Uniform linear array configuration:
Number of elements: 64
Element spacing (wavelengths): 0.75
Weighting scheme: binomial
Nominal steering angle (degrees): -60
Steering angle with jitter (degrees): -60.562
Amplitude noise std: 0.05
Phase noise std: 0.05

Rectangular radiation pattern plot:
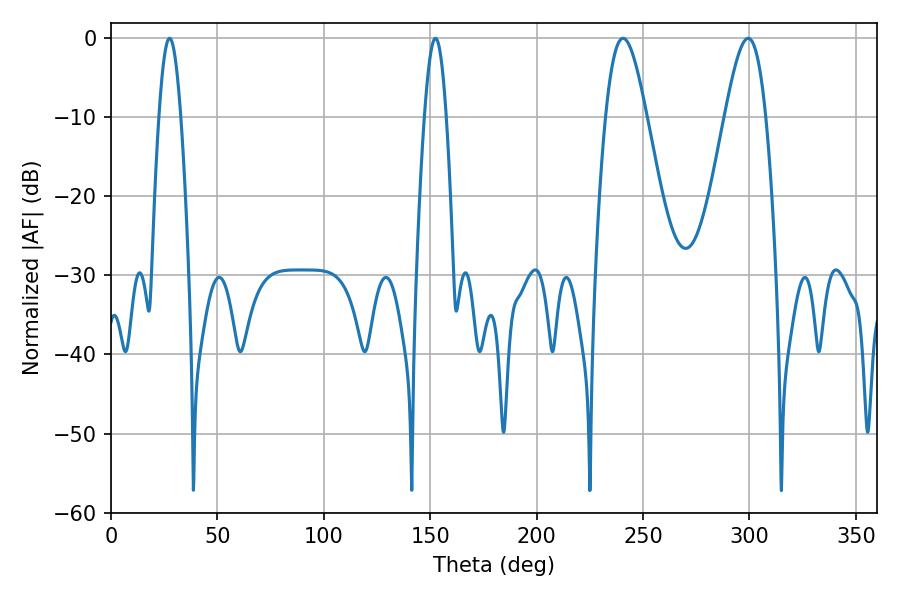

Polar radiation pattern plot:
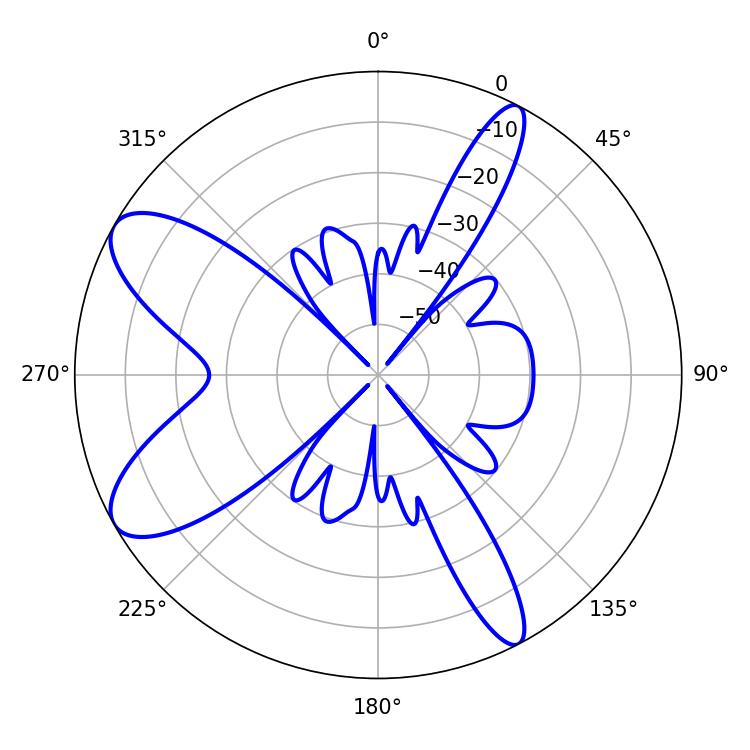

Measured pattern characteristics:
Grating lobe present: TRUE
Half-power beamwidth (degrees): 5.4
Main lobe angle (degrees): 27.54